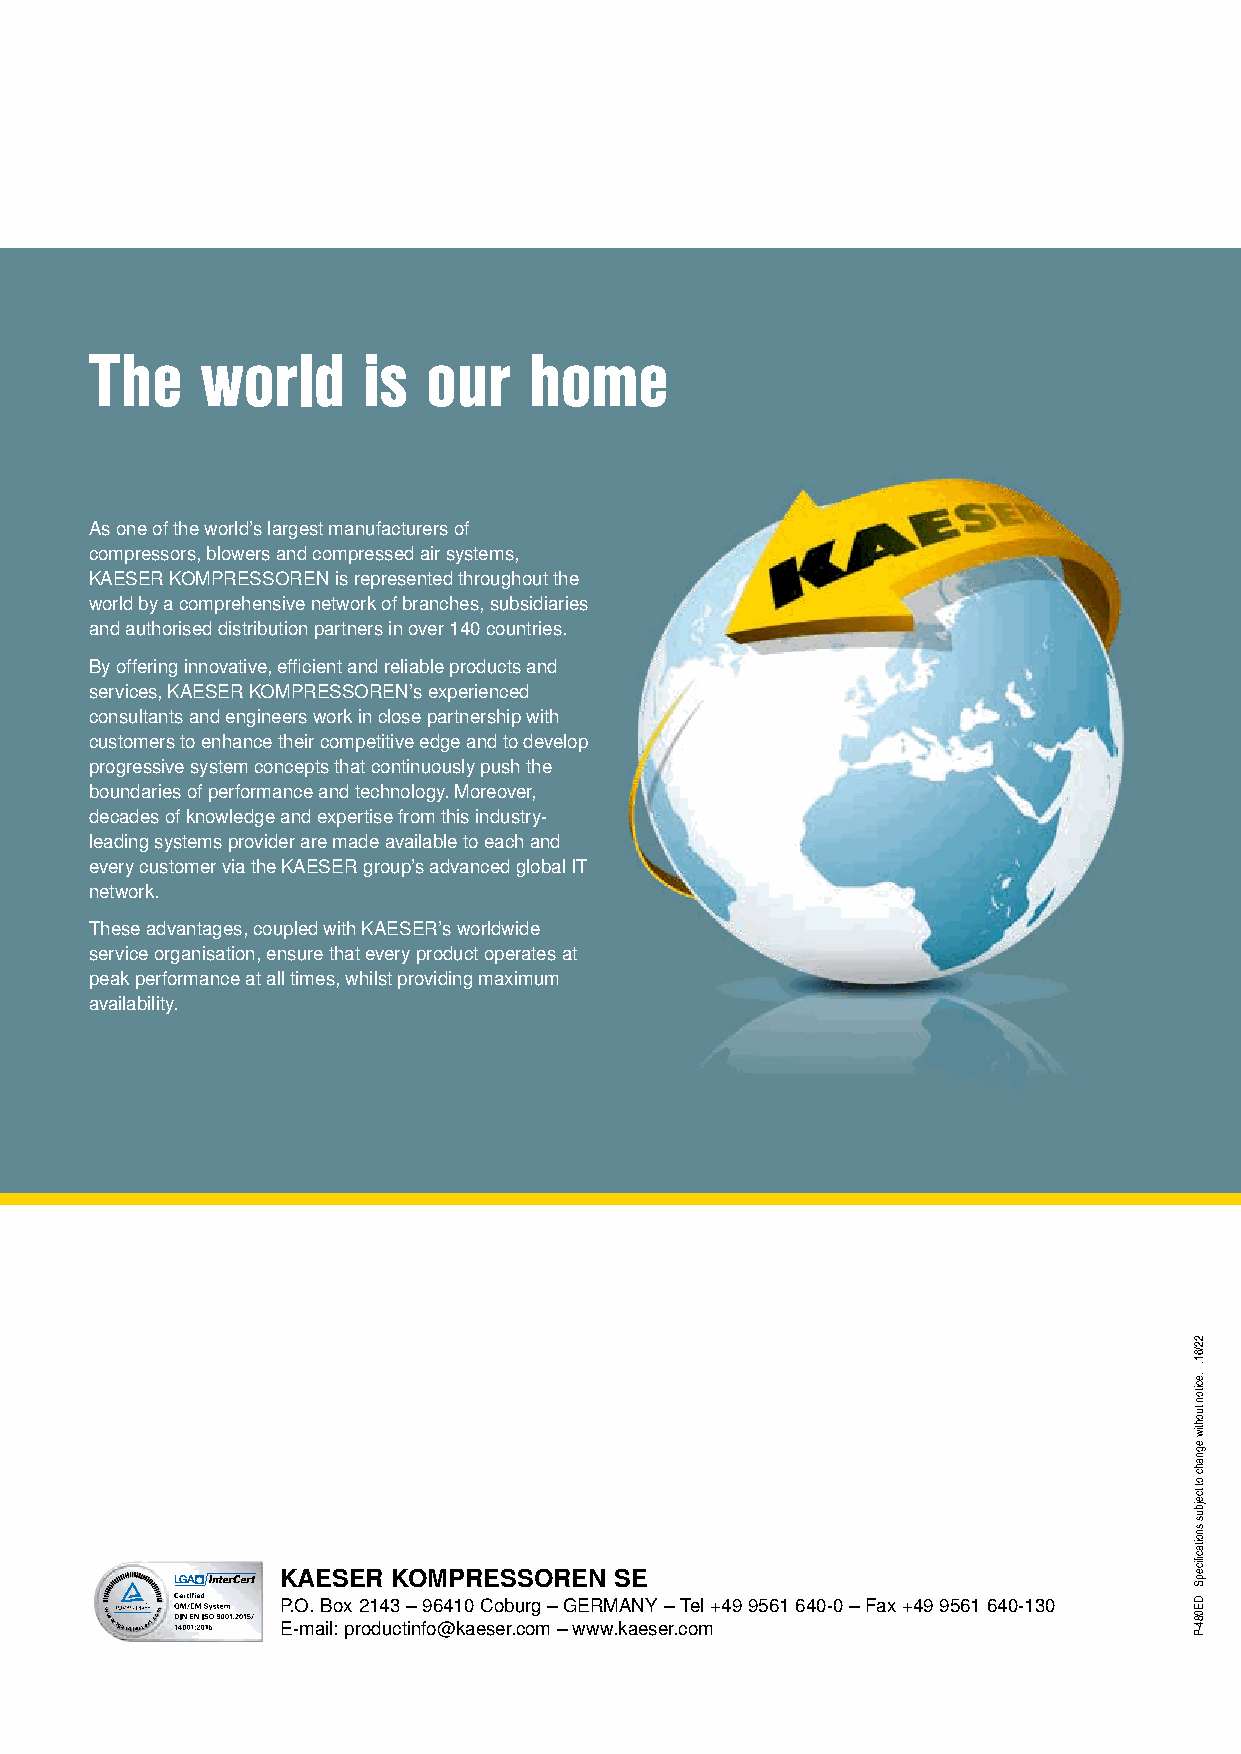
The    world      is  our    home
 As one of the world’s largest manufacturers of
 compressors, blowers and compressed air systems,
 KAESER KOMPRESSOREN is represented throughout the
 world by a comprehensive network of branches, subsidiaries
 and authorised distribution partners in over 140 countries.
 By offering innovative, effi cient and reliable products and
 services, KAESER KOMPRESSOREN’s experienced
 consultants and engineers work in close partnership with
 customers to enhance their competitive edge and to develop
 progressive system concepts that continuously push the
 boundaries of performance and technology. Moreover,
 decades of knowledge and expertise from this industry-
 leading systems provider are made available to each and
 every customer via the KAESER group’s advanced global IT
 network.
 These advantages, coupled with KAESER’s worldwide
 service organisation, ensure that every product operates at
 peak performance at all times, whilst providing maximum
 availability.
 KAESER KOMPRESSOREN   SE
 P.O. Box 2143 – 96410 Coburg – GERMANY – Tel +49 9561 640-0 – Fax +49 9561 640-130
 E-mail: productinfo@kaeser.com – www.kaeser.com
 22/61.
 .eciton
 tuohtiw
 egnahc
 ot
 tcejbus
 snoitacfiicepS
 DE084-P